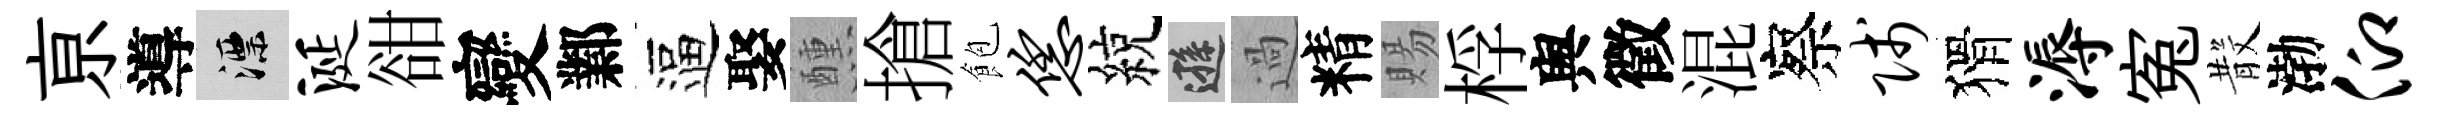
亰導漂涎𧮳變鄴逼娶醺搶飽恁綂遜過精賜桴舆徵混察贱猾溽寃𣪚渤仰